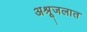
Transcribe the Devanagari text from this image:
अश्रूजलात